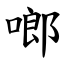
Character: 啷